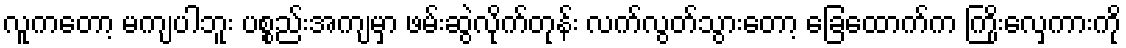
လူကတော့ မကျပါဘူး ပစ္စည်းအကျမှာ ဖမ်းဆွဲလိုက်တုန်း လက်လွတ်သွားတော့ ခြေထောက်က ကြိုးလှေကားကို